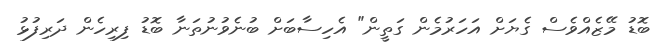
ބޮޑު މޭޒެއްވެސް ގެޔަށް އަހަރުމެން ގަތީން" އެހިސާބަށް ބުނެވުނުތަނާ ބޮޑު ފިރިހެން ދަރިފުޅު